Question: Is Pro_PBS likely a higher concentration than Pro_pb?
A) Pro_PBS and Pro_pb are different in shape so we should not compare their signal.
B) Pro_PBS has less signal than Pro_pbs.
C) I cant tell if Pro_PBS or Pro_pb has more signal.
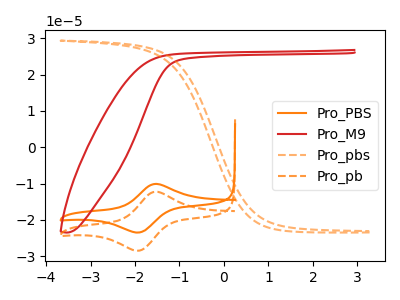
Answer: <think>The orange curve "Pro_PBS" has an anodic peak at (-1.55V, -10.10uA) and a cathodic peak at (-1.95V, -23.50uA). The red curve "Pro_M9" has no peaks. The orange dashed curve "Pro_pbs" has no peaks. The orange dashed curve "Pro_pb" has an anodic peak at (-1.55V, -12.25uA) and a cathodic peak at (-1.95V, -28.50uA).
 All the peaks in "Pro_PBS" have a peak in "Pro_pb" at the same potential.</think>
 <answer>C) I cant tell if "Pro_PBS" or "Pro_pb" has more signal.</answer>
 <eval>C</eval>